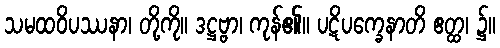
သမထဝိပဿနာ၊ တို့ကို။ ဒဋ္ဌဗ္ဗာ၊ ကုန်၏။ ပဋိပက္ခေနာတိ ဧတ္ထ၊ ၌။